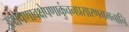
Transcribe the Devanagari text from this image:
उत्क्षेपणावक्षेपणाकुंचनप्रसारणगमनानि